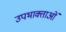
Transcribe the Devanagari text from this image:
उपभाक्ताओं